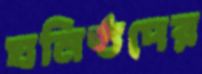
ঘনিষ্ঠদের